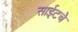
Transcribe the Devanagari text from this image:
साईटचे